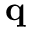
\mathbf { q }